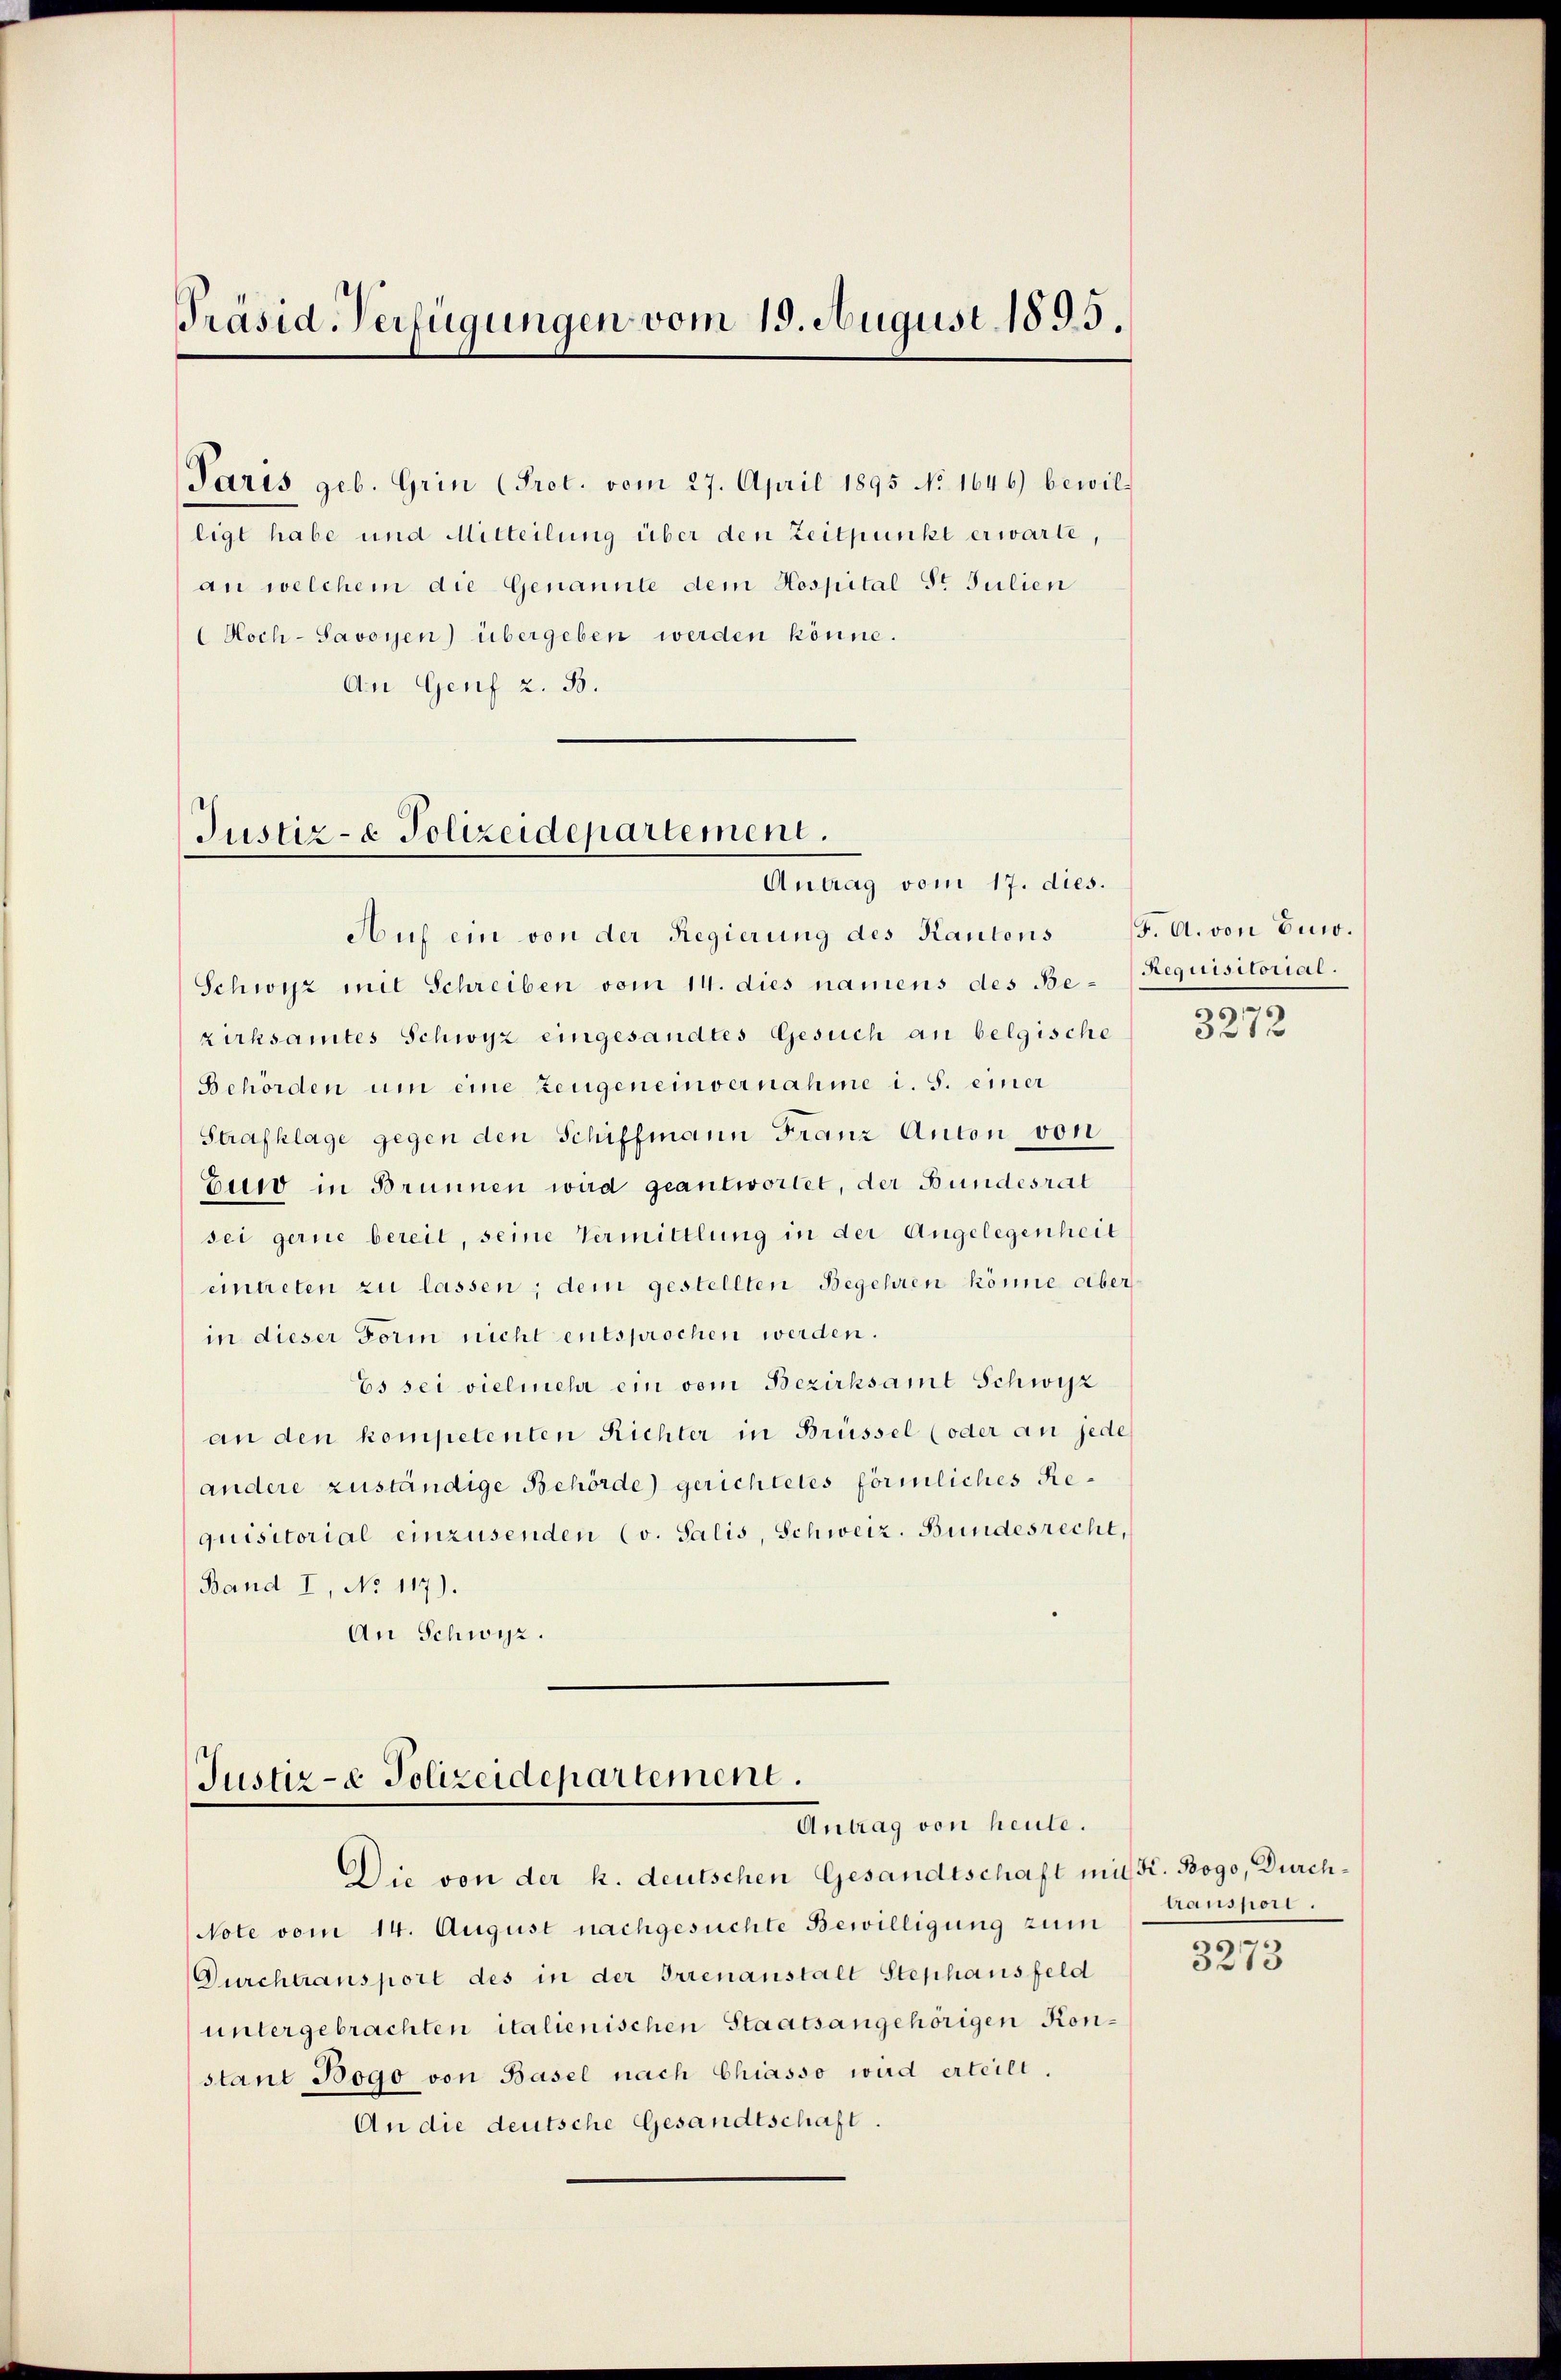
Präsid. Verfügungen vom 15. August 1895.

Paris geb. Grin (Prot. vom 27. April 1895 No 1646) bewilligt habe und Mitteilung über den Zeitpunkt erwarte,
an welchem die Genannte dem Hospital S. Julien
Hoch-Savoyen) übergeben werden könne.
An Genf 2. B.

Justiz- & Polizeidepartement.
Antrag vom 17. dies.

Auf ein von der Regierung des Kantons
Schwyz mit Schreiben vom 14. dies namens des Be- Requisitorial.
zirksamtes Schwyz eingesandtes Gesuch an belgische
Behörden um eine Zeugeneinvernahme i. S. einer
Strafklage gegen den Schiffmann Franz Anton von
Euro in Brunnen wird geantwortet, der Bundesrat
sei gerne bereit, seine Vermittlung in der Angelegenheit
untreten zu lassen; dem gestellten Begehren könne aber
in dieser Form nicht entsprochen werden.
Es sei vielmehr ein vom Bezirksamt Schwyz
an den kompetenten Richter in Brüssel (oder an jede
andere zuständige Behörde) gerichtetes förmliches Requisitorial einzusenden (v. Salis, Schweiz. Bundesrecht,
Band I, No 117).
An Schwyz.

Justiz- & Polizeidepartement.
Antrag von heute.

Die von der k. deutschen Gesandtschaft müßt. Bogo, Durch¬
Note vom 14. August nachgesuchte Bewilligung zum
Durchtransport des in der Irrenanstalt Stephansfeld
untergebrachten italienischen Staatsangehörigen Konstant Bogo von Basel nach Chiasso wird erteilt.
An die deutsche Gesandtschaft.

F. A. von Euw.
—

3272

transpori.

3273